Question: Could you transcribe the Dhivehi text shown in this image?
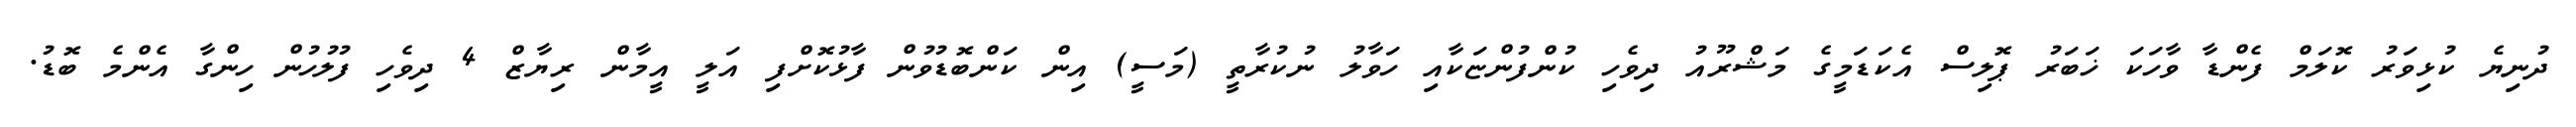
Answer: ދުނިޔެ ކުޅިވަރު ކޮލަމް ފެންޑާ ވާހަކަ ޚަބަރު ޕޮލިސް އެކަޑަމީގެ މަޝްރޫއު ދިވެހި ކުންފުންޏަކާއި ހަވާލު ނުކުރާތީ (މަސީ) އިން ކަންބޮޑުވުން ފާޅުކޮށްފި އަލީ އީމާން ރިޔާޒް 4 ދިވެހި ފުލުހުން ހިންގާ އެންމެ ބޮޑު.